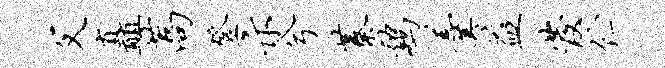
父矗蒿登示兮蓁鸡羹益发伫